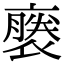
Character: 𧜈